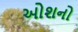
ઓશનો